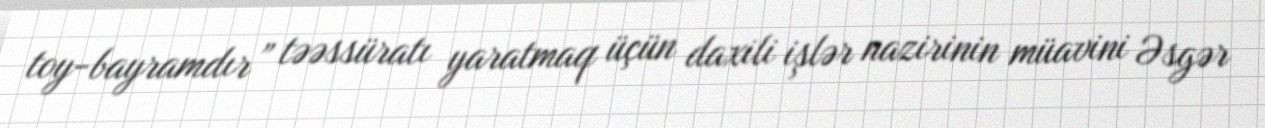
toy-bayramdır” təəssüratı yaratmaq üçün daxili işlər nazirinin müavini Əsgər